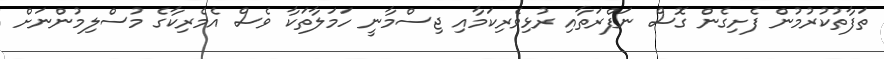
ތަފާތުކުރުމުން ފެށިގެން ގޮސް ނަފްރަތާއި ރުޅިވެރިކަމާއި ޖިސްމާނީ ހަމަލާތަކާ ވެސް އެމެރިކާގެ މުސްލިމުންނަށް